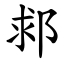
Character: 䣇